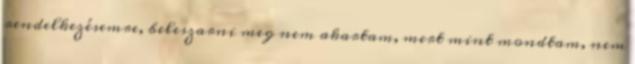
rendelkezésemre, beleszarni meg nem akartam, mert mint mondtam, nem